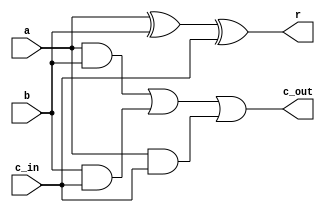
module one_bit_adder (a, b, c_in, r, c_out);
    input a;
    input b;
    input c_in;
    output r;
    output c_out;

    assign r = (a ^ b ^ c_in);
    assign c_out = (a & b) | (b & c_in) | (a & c_in);
    
endmodule

/*
//////////////////////////////////////////////////////////////

module twos_comp(a, r);
    input [7:0] a;
    output [7:0] r;

    wire [7:0] c;
    one_bit_adder ad0 (~a[0], 1'b1, 1'b0, r[0], c[0]);
    one_bit_adder ad1 (~a[1], 1'b0, c[0], r[1], c[1]);
    one_bit_adder ad2 (~a[2], 1'b0, c[1], r[2], c[2]);
    one_bit_adder ad3 (~a[3], 1'b0, c[2], r[3], c[3]);
    one_bit_adder ad4 (~a[4], 1'b0, c[3], r[4], c[4]);
    one_bit_adder ad5 (~a[5], 1'b0, c[4], r[5], c[5]);
    one_bit_adder ad6 (~a[6], 1'b0, c[5], r[6], c[6]);
    one_bit_adder ad7 (~a[7], 1'b0, c[6], r[7], c[7]);
    
endmodule


//////////////////////////////////////////////////////////////////
*/

module four_bit_subtractor(a, b, carry_in, r, c_out);
    input [3:0] a, b;
    input carry_in;
    output [3:0] r;
    output c_out;

    wire [3:0] c;
    one_bit_adder adder0 (a[0], ~b[0], carry_in, r[0], c[0]);
    one_bit_adder adder1 (a[1], ~b[1], c[0], r[1], c[1]);
    one_bit_adder adder2 (a[2], ~b[2], c[1], r[2], c[2]);
    one_bit_adder adder3 (a[3], ~b[3], c[2], r[3], c[3]);
    assign c_out = c[3];
    
endmodule

module eight_bit_subtractor(a, b, r, c_out);

    input [7:0] a, b;
    output [7:0] r;
    output c_out;

    //wire [7:0] ir;
    wire [1:0] c;
    four_bit_subtractor sub0 (a[3:0], b[3:0], 1'b1, r[3:0], c[0]);
    four_bit_subtractor sub1 (a[7:4], b[7:4], c[0], r[7:4], c[1]);
    assign c_out = c[1];

    // Attempt to take 2's complement if carry is zero
    /*
    if (c[1])
        twos_comp two (ir, r);
    else
        assign r = ir;
    */

endmodule